Papers set at the Examination for Leaving Certificates, 1890
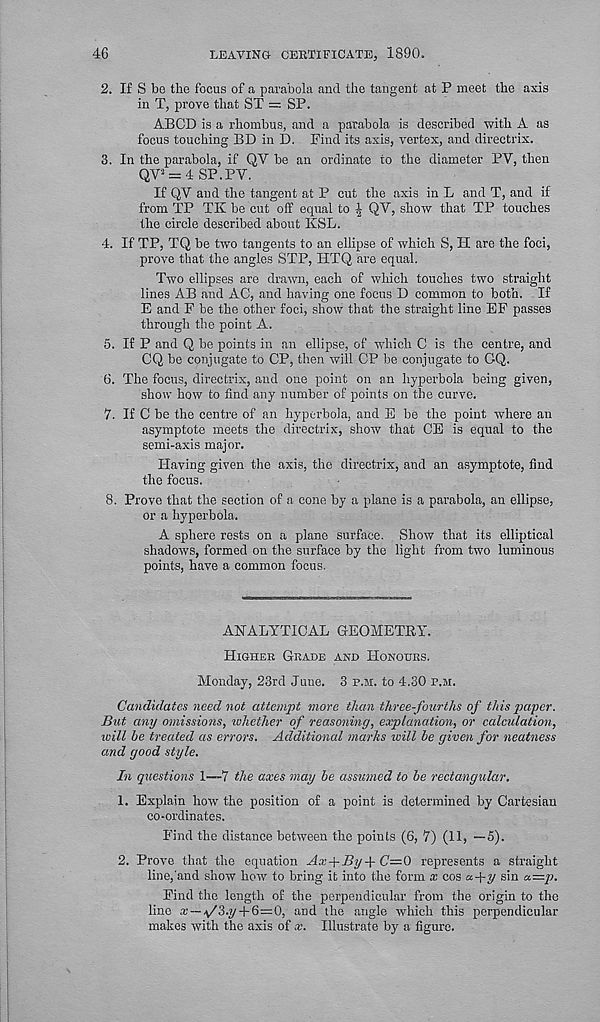
46
LEAVING CERTIFICATE, 1890.
2. If S bo the focus of a parabola and the tangent at P meet the axis
in T, prove that ST = SP.
ABCD is a rhombus, and a parabola is described with A as
focus touching BD in D. Find its axis, vertex, and directrix.
3. In the parabola, if QV be an ordinate to the diameter PV, then
QV 2 = 4 SP.PV.
If QV and the tangent at P cut the axis in L and T, and if
from TP TK be cut oft’ equal to £ QV, show that TP touches
the circle described about KSL.
4. If TP, TQ be two tangents to an ellipse of which S, H are the foci,
prove that the angles STP, HTQ are equal.
Two ellipses are drawn, each of which touches two straight
lines AB and AC, and having one focus D common to both. If
E and F be the other foci, show that the straight line EF passes
through the point A.
5. If P and Q be points in an ellipse, of which C is the centre, and
CQ be conjugate to CP, then will CP be conjugate to CQ.
6. The focus, directrix, and one point on an hyperbola being given,
show how to find any number of points on the curve.
7. If C be the centre of an hyperbola, and E be the point where an
asymptote meets the directrix, show that CE is equal to the
semi-axis major.
Having given the axis, the directrix, and an asymptote, find
the focus.
8. Prove that the section of a cone by a plane is a parabola, an ellipse,
or a hyperbola.
A sphere rests on a plane surface. Show that its elliptical
shadows, formed on the surface by the light from two luminous
points, have a common focus.
ANALYTICAL GEOMETRY.
Higher Grade and Honours.
Monday, 23rd June. 3 p.m. to 4.30 p.m.
Candidates need not attempt more than three-fourths of this paper.
But any omissions, whether of reasoning, explanation, or calculation,
will he treated as errors. Additional marks will be given for neatness
and good style.
In questions 1—7 the axes may be assumed to be rectangular.
1. Explain how the position of a point is determined by Cartesian
co-ordinates.
Find the distance between the points (6, 7) (11, —5).
2. Prove that the equation Ax -f By + C'= 0 represents a straight
line, and show how to bring it into the form x cos a.-\-y sin a=p.
Find the length of the perpendicular from the origin to the
lino a’ —y'3.y+ 6=0, and the angle which this perpendicular
makes with the axis of x. Illustrate by a figure.